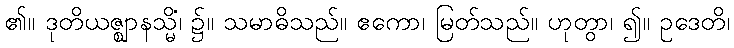
၏။ ဒုတိယဇ္ဈာနသ္မိံ၊ ၌။ သမာဓိသည်။ ဧကော၊ မြတ်သည်။ ဟုတွာ၊ ၍။ ဥဒေတိ၊